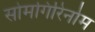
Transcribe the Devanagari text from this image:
सोमगिरिर्नाम